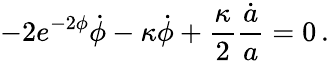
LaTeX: -2e^{-2\phi}\dot{\phi}-\kappa\dot{\phi}+\frac{\kappa}{2}\frac{\dot{a}}{a}=0\, .